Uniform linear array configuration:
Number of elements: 4
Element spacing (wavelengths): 0.75
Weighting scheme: hann
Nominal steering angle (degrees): -60
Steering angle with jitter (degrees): -59.473
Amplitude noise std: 0.05
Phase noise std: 0.05

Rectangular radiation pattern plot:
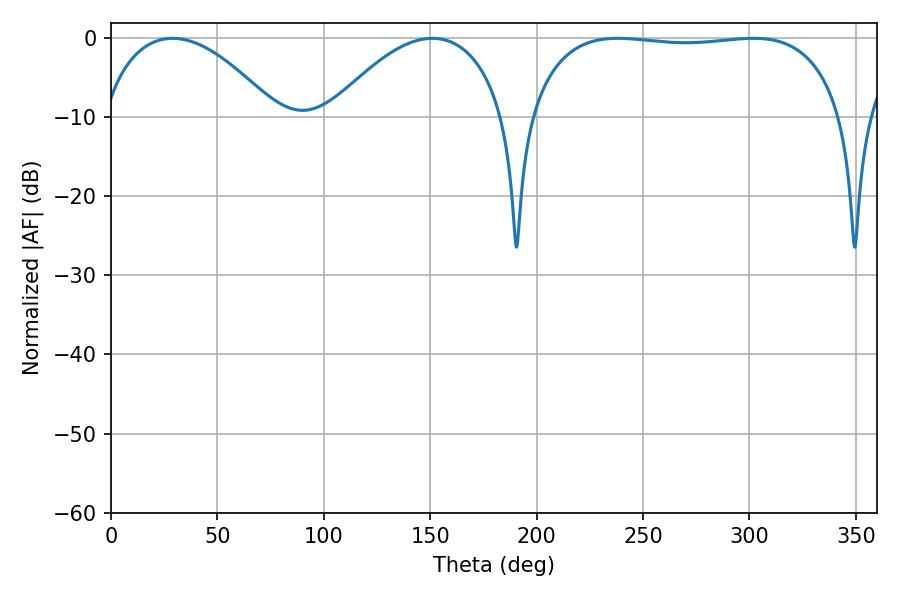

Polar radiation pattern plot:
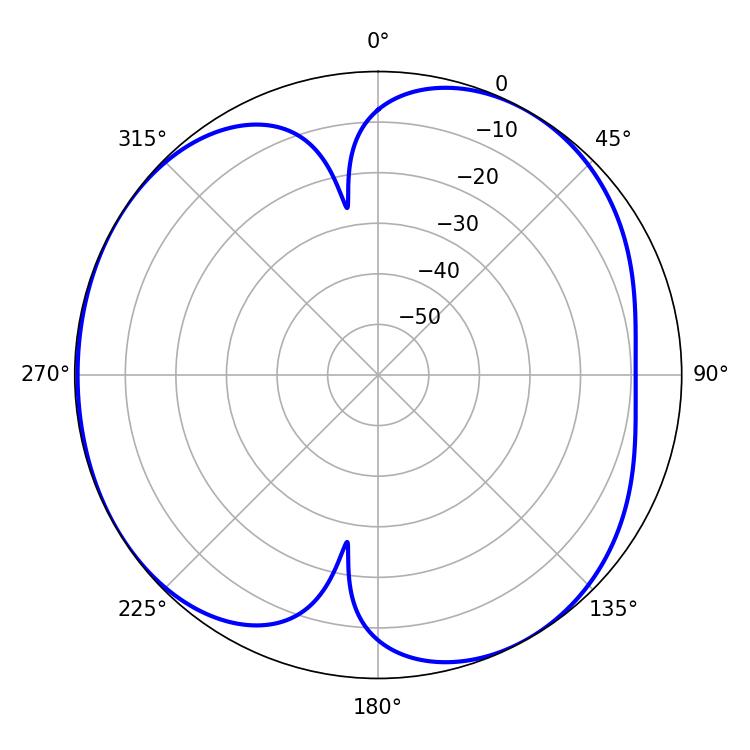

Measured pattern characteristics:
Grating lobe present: TRUE
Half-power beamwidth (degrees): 117.72
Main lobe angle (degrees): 238.14